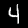
Label: 4